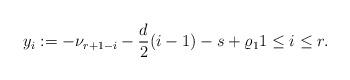
LaTeX: \begin{align*}y_i:=-\nu_{r+1-i}-\frac{d}{2}(i-1)-s+\varrho_11\leq i\leq r.\end{align*}